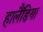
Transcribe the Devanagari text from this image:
हालैंडिया